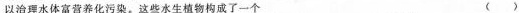
以治理水体富营养化污染。这些水生植物构成了一个 ()